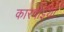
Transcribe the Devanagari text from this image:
कारवाईयां